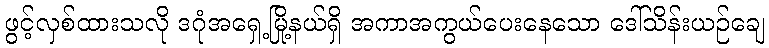
ဖွင့်လှစ်ထားသလို ဒဂုံအရှေ့မြို့နယ်ရှိ အကာအကွယ်ပေးနေသော ဒေါ်သိန်းယဉ်ချေ